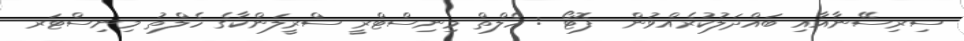
ސިރިސޭނާއާއި ބައްދަލުކުރެއްވުން  ފޮޓޯ : ހެލްތް މިނިސްޓްރީ ސްރީލަންކާގެ ހެލްތު މިނިސްޓަރ